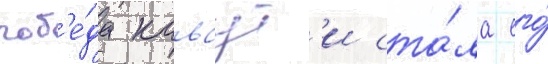
поб'е́да каваут'и ста́ла его́